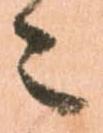
々